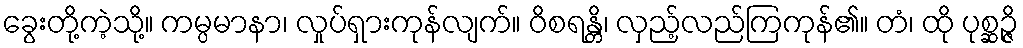
ခွေးတို့ကဲ့သို့။ ကမ္ပမာနာ၊ လှုပ်ရှားကုန်လျက်။ ဝိစရန္တိ၊ လှည့်လည်ကြကုန်၏။ တံ၊ ထို ပုစ္ဆဉ္ဇိ